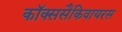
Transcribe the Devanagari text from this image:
कॉक्ससैकिवायरस